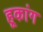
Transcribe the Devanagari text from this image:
हूकांग